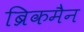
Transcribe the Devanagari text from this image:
ब्रिकमैन